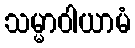
သမ္မာဝါယာမံ